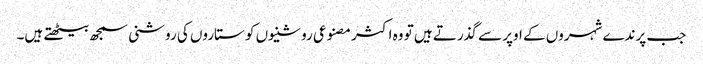
جب پرندے شہروں کے اوپر سے گذرتے ہیں تو وہ اکثر مصنوعی روشنیوں کو ستاروں کی روشنی سمجھ بیٹھتے ہیں۔